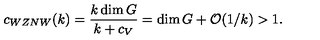
c _ { W Z N W } ( k ) = { \frac { k \dim G } { k + c _ { V } } } = \dim G + { \cal O } ( 1 / k ) > 1 .